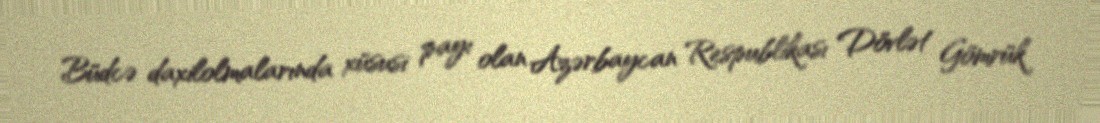
Büdcə daxilolmalarında xüsusi payı olan Azərbaycan Respublikası Dövlət Gömrük